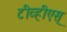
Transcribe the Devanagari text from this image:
टीव्हीएस्